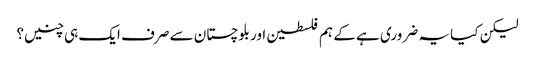
لیکن کیا یہ ضروری ہے کے ہم فلسطین اور بلوچستان سے صرف ایک ہی چنیں؟